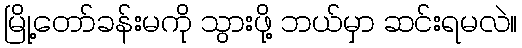
မြို့တော်ခန်းမကို သွားဖို့ ဘယ်မှာ ဆင်းရမလဲ။